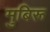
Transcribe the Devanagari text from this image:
मुबिरू